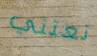
نعتني